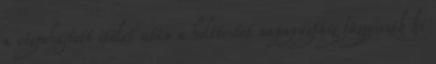
a végrehajtott ítélet után a holttestet napnyugtáig függesszék ki